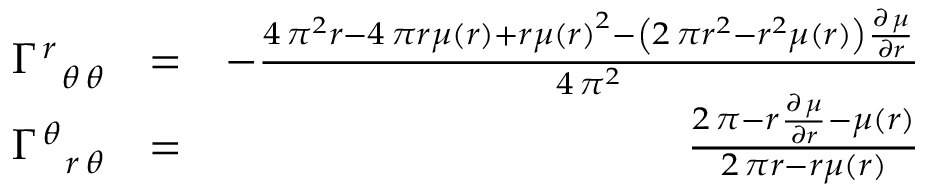
\begin{array} { r l r } { \Gamma _ { \phantom { \, r } \, { \theta } \, { \theta } } ^ { \, r \phantom { \, { \theta } } \phantom { \, { \theta } } } } & { = } & { - \frac { 4 \, \pi ^ { 2 } r - 4 \, \pi r \mu \left( r \right) + r \mu \left( r \right) ^ { 2 } - { \left( 2 \, \pi r ^ { 2 } - r ^ { 2 } \mu \left( r \right) \right) } \frac { \partial \, \mu } { \partial r } } { 4 \, \pi ^ { 2 } } } \\ { \Gamma _ { \phantom { \, { \theta } } \, r \, { \theta } } ^ { \, { \theta } \phantom { \, r } \phantom { \, { \theta } } } } & { = } & { \frac { 2 \, \pi - r \frac { \partial \, \mu } { \partial r } - \mu \left( r \right) } { 2 \, \pi r - r \mu \left( r \right) } } \end{array}